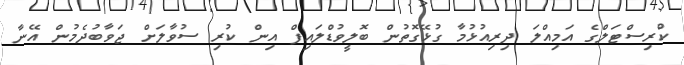
ކްރިސްޓަލްގެ އަމިއްލަ ދިރިއުޅުމާ ގުޅޭގޮތުން ބޮލީވުޑްލައިފް އިން ކުރި ސުވާލަށް ޖަވާބުދެމުން އޭނާ